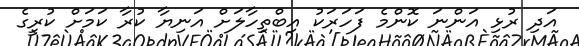
އަދި ރުޅި އަންނަ ކޮންމެ ފަހަރަކު އިބްތިހާލަށް އަނިޔާ ކުރާ ކަމަށް ކުރީގެ